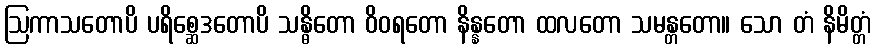
ဩကာသတောပိ ပရိစ္ဆေဒတောပိ သန္ဓိတော ဝိဝရတော နိန္နတော ထလတော သမန္တတော။ သော တံ နိမိတ္တံ